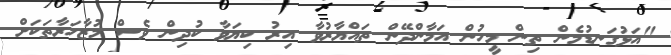
"އަޅުގަނޑުމެން ތިން މީހުން އަމާންދޭން ތައްޔާރުވާ އިރު ކިޔަވާ ކުދިން ވެސް މުޒާހަރާތަކަށް